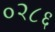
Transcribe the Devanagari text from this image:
०२८६